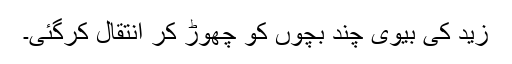
زید کی بیوی چند بچوں کو چھوڑ کر انتقال کرگئی۔